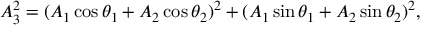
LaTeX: A _ { 3 } ^ { 2 } = ( A _ { 1 } \cos \theta _ { 1 } + A _ { 2 } \cos \theta _ { 2 } ) ^ { 2 } + ( A _ { 1 } \sin \theta _ { 1 } + A _ { 2 } \sin \theta _ { 2 } ) ^ { 2 } ,